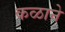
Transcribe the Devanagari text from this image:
कळाने